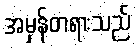
အမှန်တရားသည်